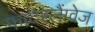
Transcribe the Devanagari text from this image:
फादरलैंग्वेज